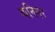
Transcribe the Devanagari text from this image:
कनिगर